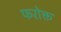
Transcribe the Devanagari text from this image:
फरोक्त